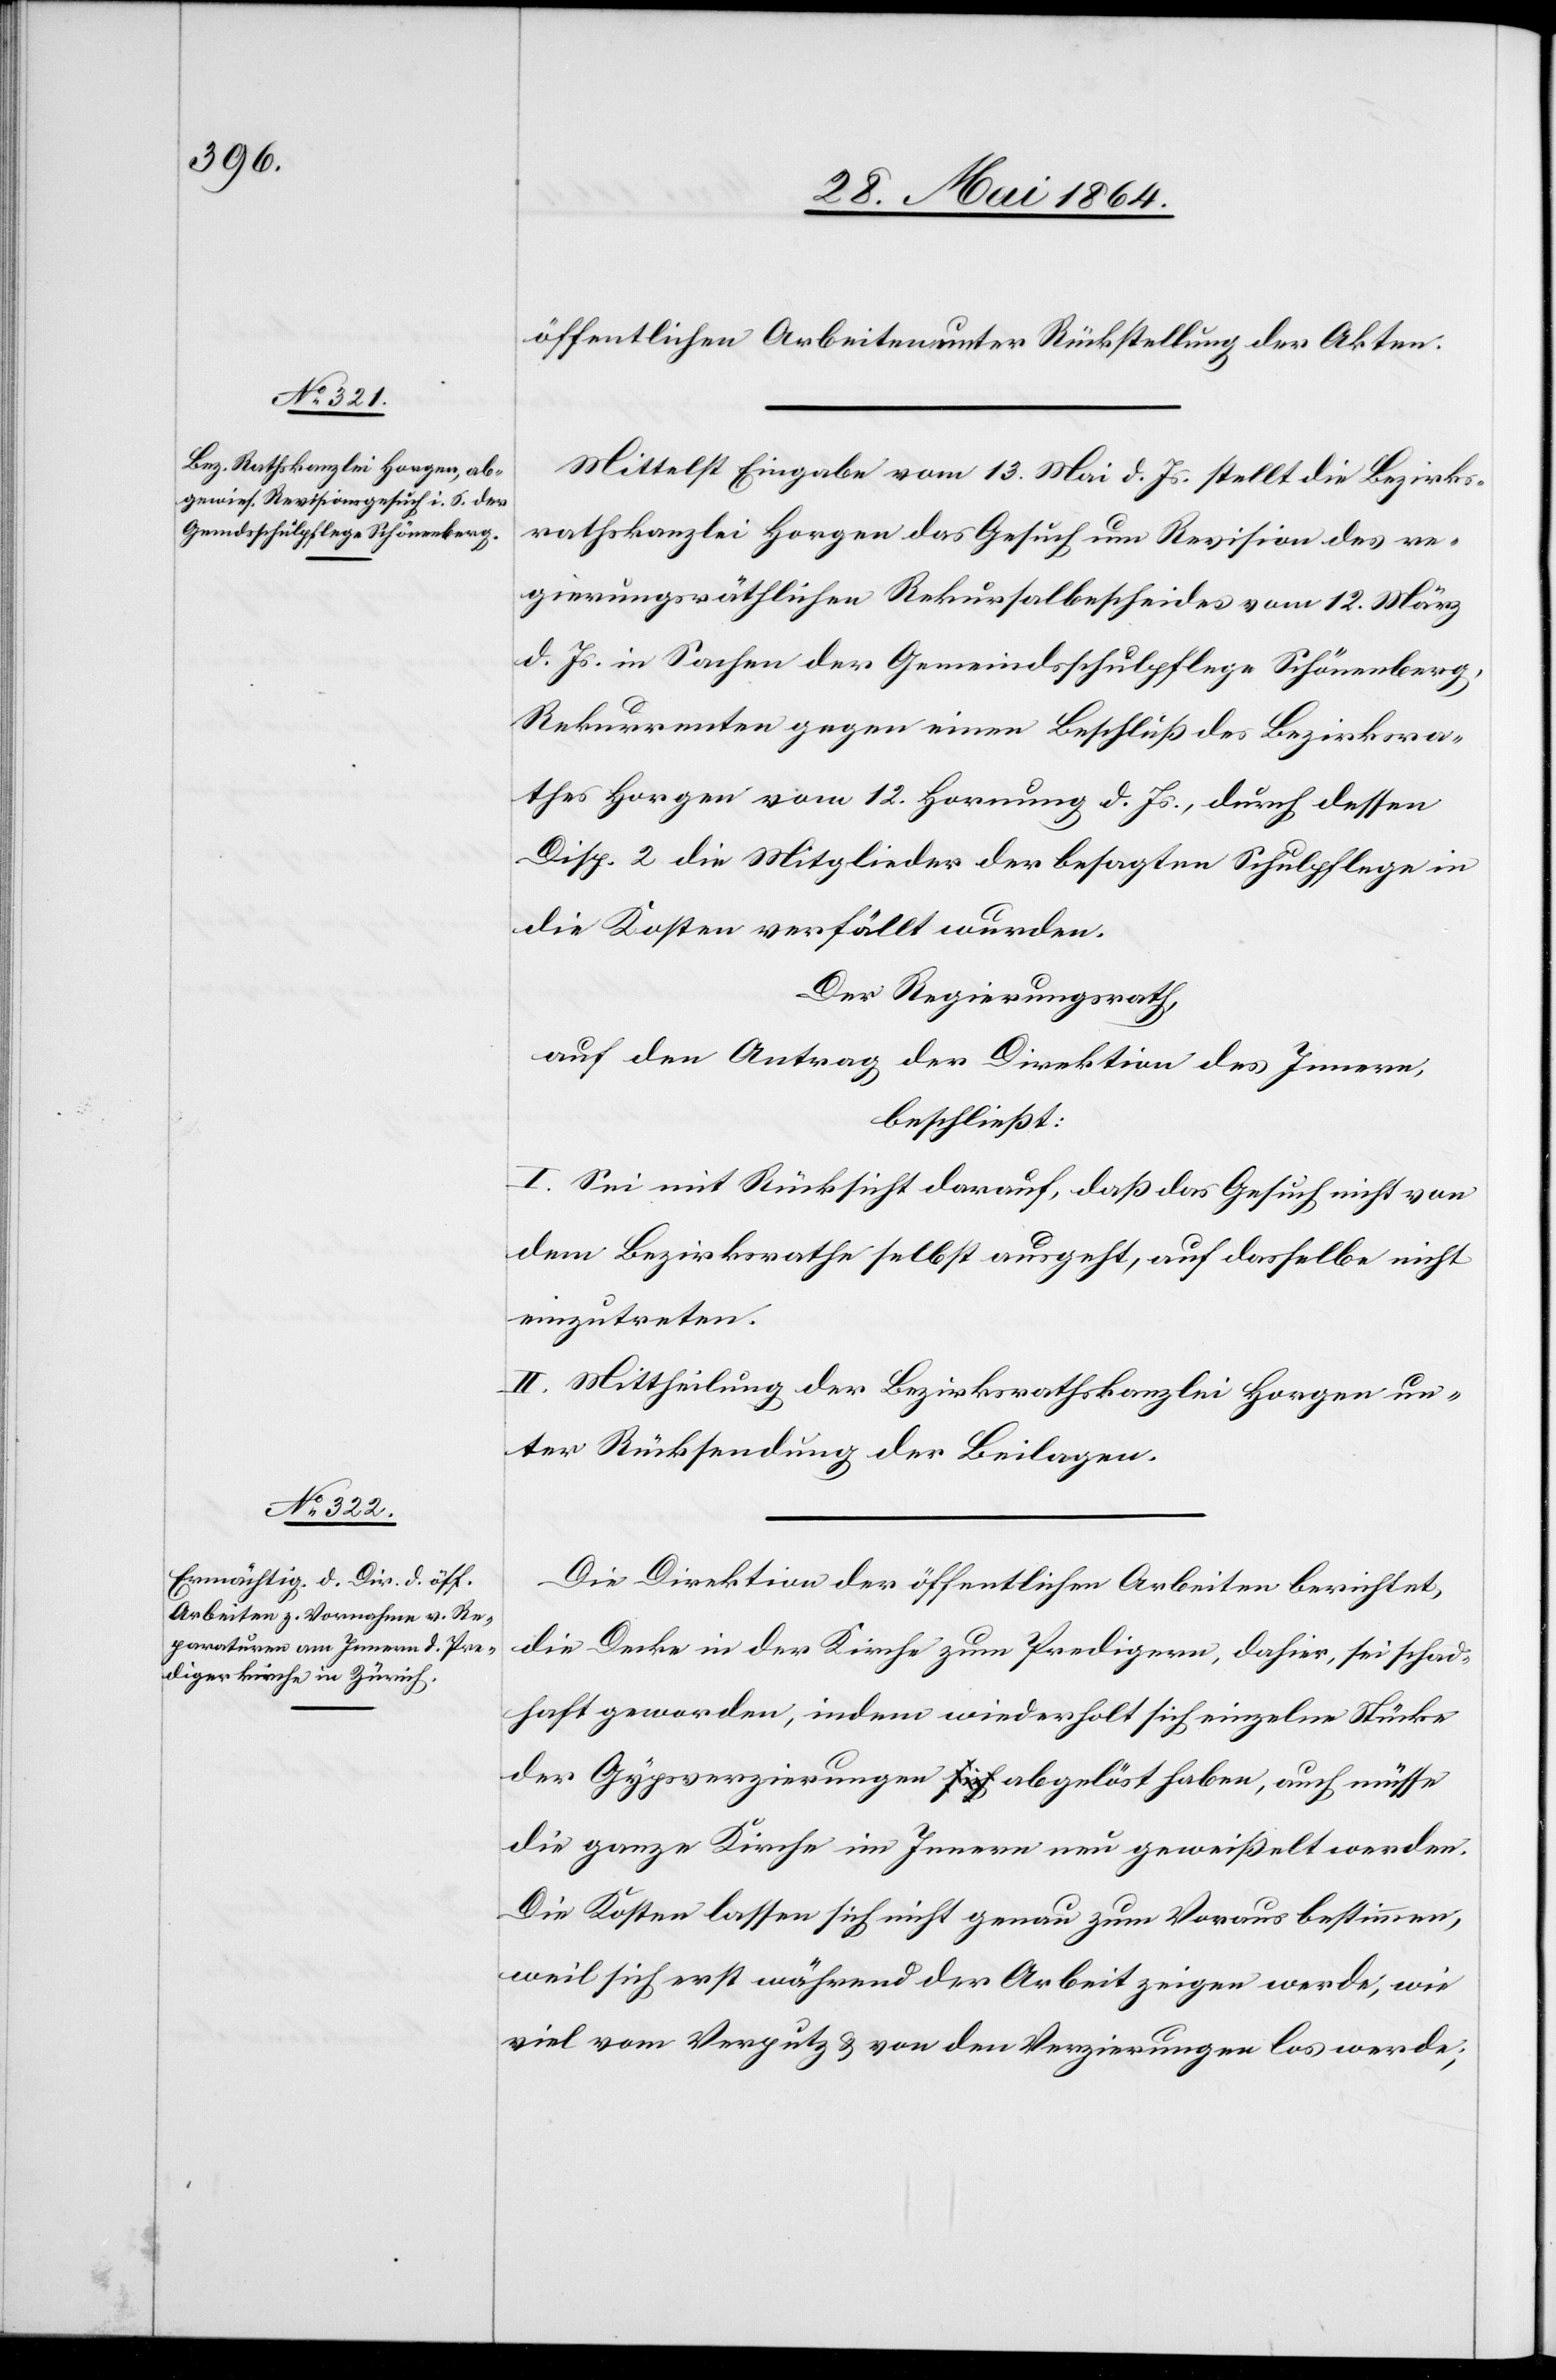
öffentlichen Arbeiten unter Rückstellung der Akten.
Mittelst Eingabe vom 13. Mai d. Js. stellt die Bezirks¬
rathskanzlei Horgen das Gesuch um Revision des re¬
gierungsräthlichen Rekursalbescheides vom 12. März
d. Js. in Sachen der Gemeindsschulpflege Schönenberg,
Rekurrenten gegen einen Beschluß des Bezirksra¬
thes Horgen vom 12. Hornung d. Js., durch dessen
Disp. 2 die Mitglieder der besagten Schulpflege in
die Kosten verfällt wurden.
Der Regierungsrath,
auf den Antrag der Direktion des Innern,
beschließt:
I. Sei mit Rücksicht darauf, daß das Gesuch nicht von
dem Bezirksrathe selbst ausgeht, auf dasselbe nicht
einzutreten.
II. Mittheilung der Bezirksrathskanzlei Horgen un¬
ter Rücksendung der Beilagen.
Die Direktion der öffentlichen Arbeiten berichtet,
die Decke in der Kirche zum Predigern, dahier, sei schad¬
haft geworden, indem wiederholt sich einzelne Stücke
der Gypsverzierungen abgelöst haben, auch müsse
die ganze Kirche im Innern neu geweißelt werden.
Die Kosten lassen sich nicht genau zum Voraus bestimmen,
weil sich erst während der Arbeit zeigen werde, wie
viel vom Verputz u. von den Verzierungen los werde;